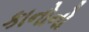
કાનોનો